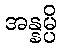
အန္နမ္ပိ